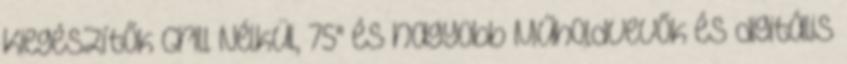
Kiegészítők Grill Nélkül, 75" és nagyobb Műholdvevők és digitális